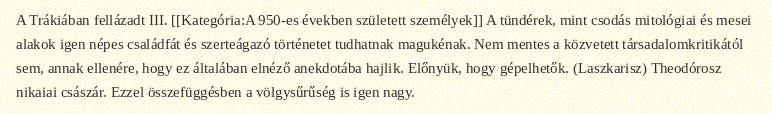
A Trákiában fellázadt III. [[Kategória:A 950-es években született személyek]] A tündérek, mint csodás mitológiai és mesei alakok igen népes családfát és szerteágazó történetet tudhatnak magukénak. Nem mentes a közvetett társadalomkritikától sem, annak ellenére, hogy ez általában elnéző anekdotába hajlik. Előnyük, hogy gépelhetők. (Laszkarisz) Theodórosz nikaiai császár. Ezzel összefüggésben a völgysűrűség is igen nagy.